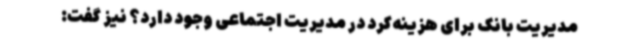
مدیریت بانک برای هزینه‌کرد در مدیریت اجتماعی وجود دارد؟ نیز گفت: